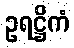
ဥရဋ္ဌိကံ